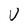
Character: U